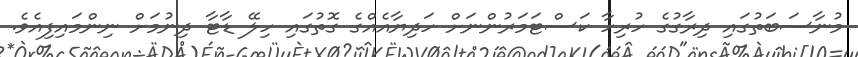
މުނާސަބަތުގައި ދިރާގުގެ ހުރިހާ ކަސްޓަމަރުންނަށް ހަދިޔާއެއްގެ ގޮތުގައި ހިލޭ ޑާޓާ ދިނުމަށް ނިންމައިފިއެވެ.